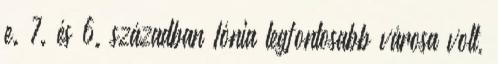
e. 7. és 6. században Iónia legfontosabb városa volt,